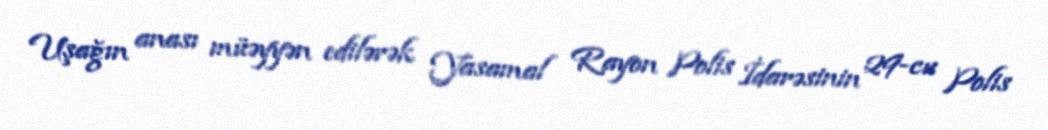
Uşağın anası müəyyən edilərək Yasamal Rayon Polis İdarəsinin 29-cu Polis